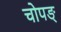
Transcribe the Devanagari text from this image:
चोपङ्